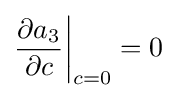
{\frac {\partial a_{3}}{\partial c}}{\bigg \vert }_{c=0}=0